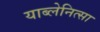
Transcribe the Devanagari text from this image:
याब्लेनित्सा